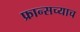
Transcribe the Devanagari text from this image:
फ्रान्सच्याच